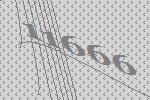
11666